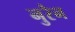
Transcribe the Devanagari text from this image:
नुरैन